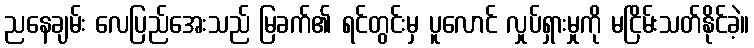
ညနေချမ်း လေပြည်အေးသည် မြခက်၏ ရင်တွင်းမှ ပူလောင် လှုပ်ရှားမှုကို မငြိမ်းသတ်နိုင်ခဲ့။